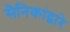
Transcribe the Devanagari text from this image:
सैनिकांद्वारे